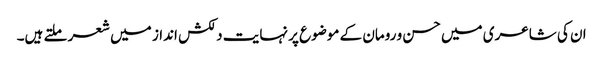
ان کی شاعری میں حسن و رومان کے موضوع پر نہایت دلکش انداز میں شعر ملتے ہیں۔